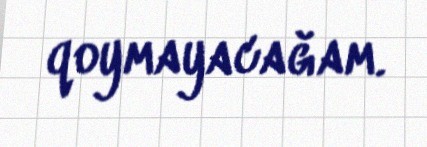
qoymayacağam.